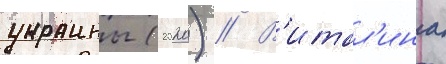
украины (2020) // В'итал'ина